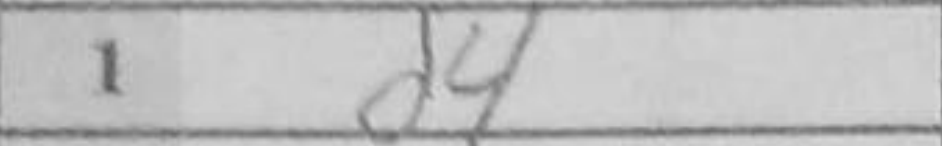
Transcription: d4